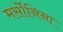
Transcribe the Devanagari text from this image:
मर्सोनिना